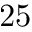
2 5